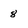
Character: 8